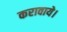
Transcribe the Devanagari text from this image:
करावाये।